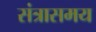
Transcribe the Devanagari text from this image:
संत्रासमय